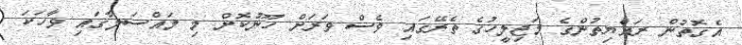
އެގޮތުން ރައްޔިތުންގެ މަޖިލީހުގެ ތެރޭގައި ވެސް ވަރަށް ހޫނުކޮށް މި މައްސަލާގައި ވާހަކަ